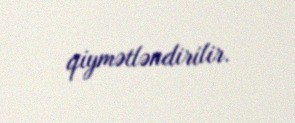
qiymətləndirilir.